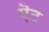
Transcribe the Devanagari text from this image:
ऎट